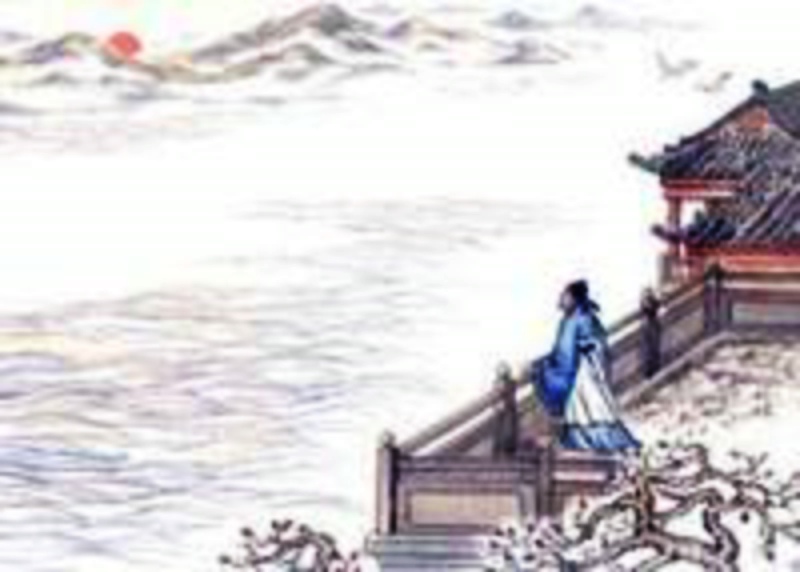
古台摇落后，秋日望乡心。